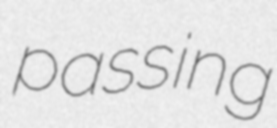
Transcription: passing